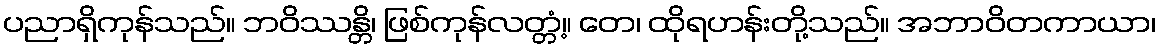
ပညာရှိကုန်သည်။ ဘဝိဿန္တိ၊ ဖြစ်ကုန်လတ္တံ့။ တေ၊ ထိုရဟန်းတို့သည်။ အဘာဝိတကာယာ၊